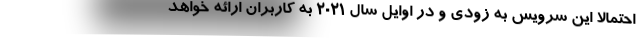
احتمالا این سرویس به زودی و در اوایل سال 2021 به کاربران ارائه خواهد